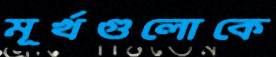
মূর্খগুলোকে